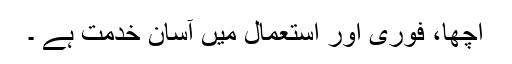
اچھا، فوری اور استعمال میں آسان خدمت ہے ۔